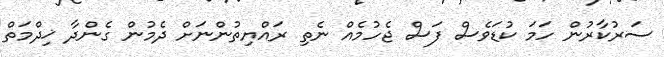
ސަރުކާރުން ހަމަ ކުޑަވެސް ފަސް ޖެހުމެއް ނެތި ރައްޔިތުންނަށް ދެމުން ގެންދާ ޚިދްމަތް